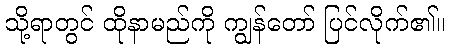
သို့ရာတွင် ထိုနာမည်ကို ကျွန်တော် ပြင်လိုက်၏။